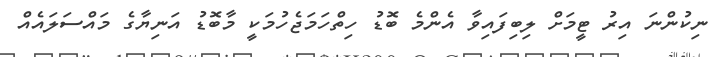
ނިކުންނަ އިރު ޓީމަށް ލިބިފައިވާ އެންމެ ބޮޑު ހިތްހަމަޖެހުމަކީ މާބޮޑު އަނިޔާގެ މައްސަލައެއް